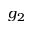
g _ { 2 }